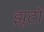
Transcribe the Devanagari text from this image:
झूटों